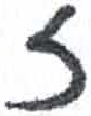
אות: ז